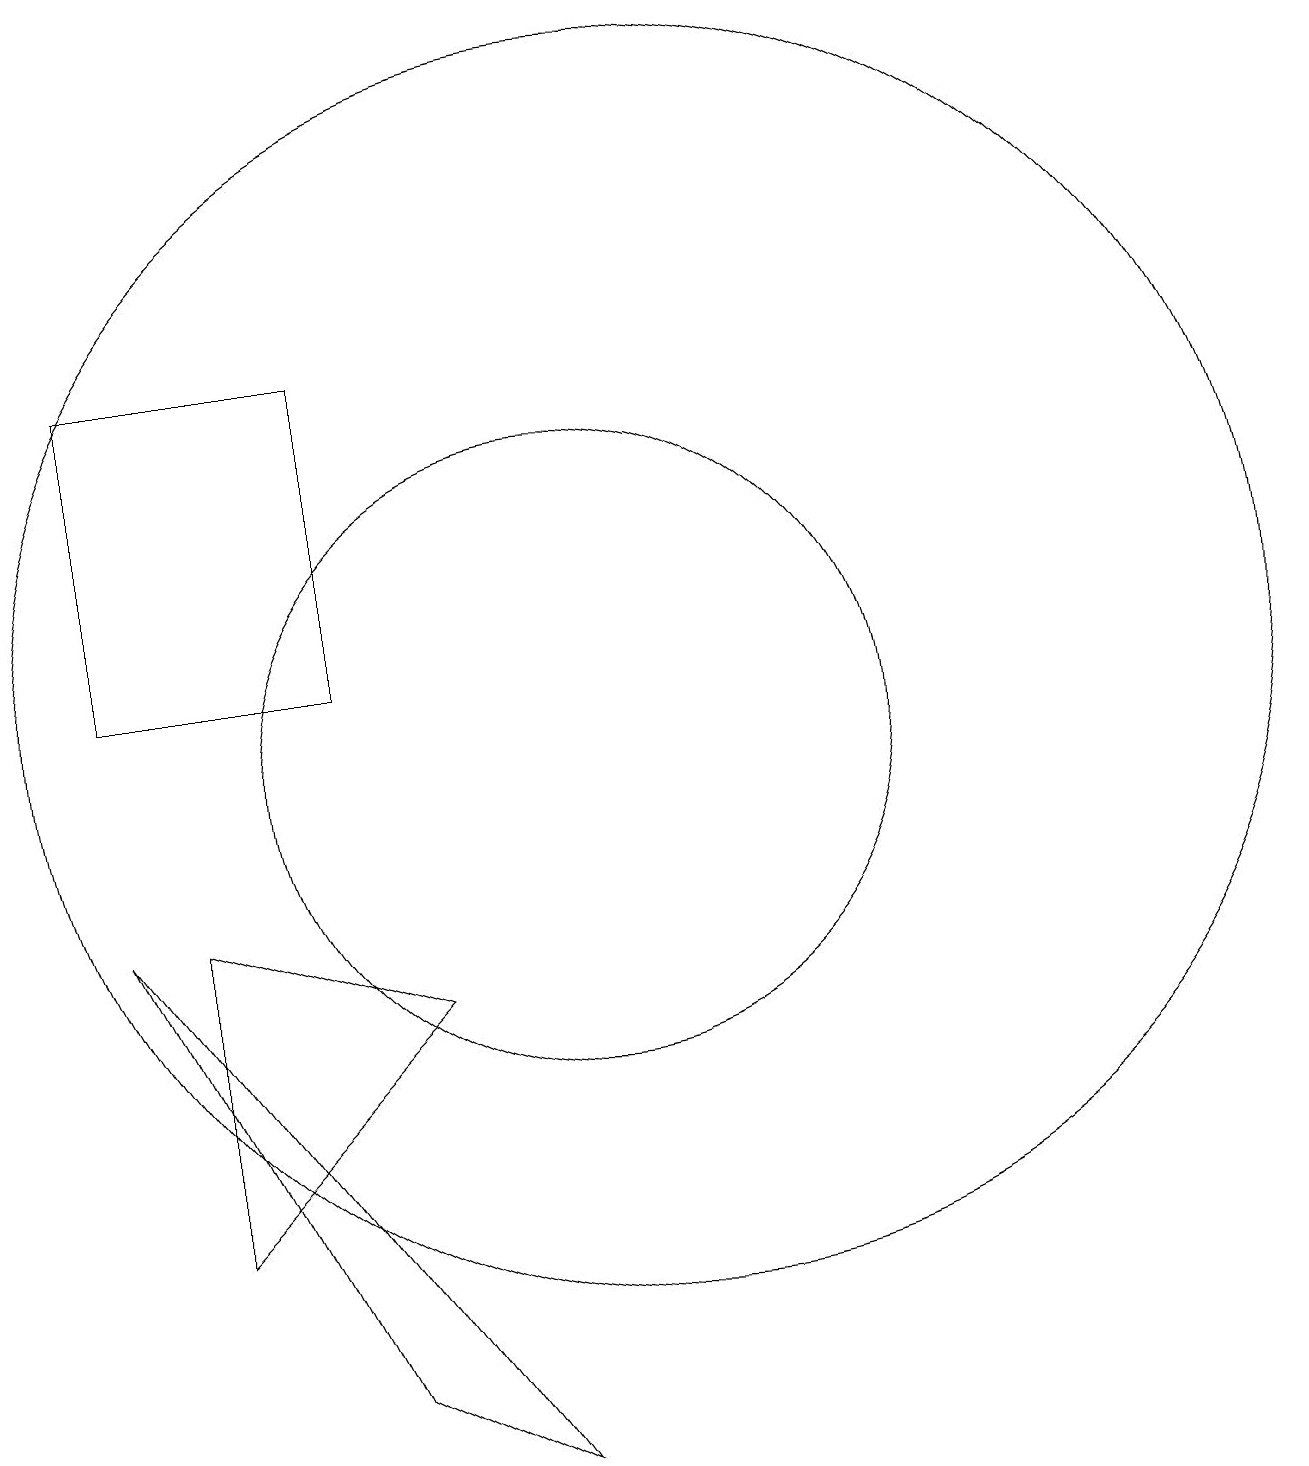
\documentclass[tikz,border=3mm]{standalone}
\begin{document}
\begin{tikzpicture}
\draw (4,16) rectangle (7,12);
\draw (8,8) -- (5,5) -- (5,9) -- cycle;
\draw (10,11) circle (4);
\draw (4,9) -- (7,3) -- (9,2) -- cycle;
\draw (12,11) circle (0);
\draw (11,12) circle (8);
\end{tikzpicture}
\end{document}